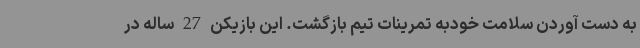
به دست آوردن سلامت خودبه تمرینات تیم بازگشت. این بازیکن 27 ساله در